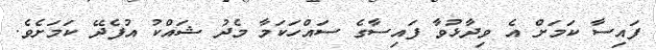
ފައިސާ ކަމަށް އެ ވިދާޅުވާ ފައިސާގެ ސައްހަކަމާ މެދު ޝައްކު އުފެދޭ ކަމަށެވެ.